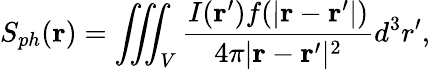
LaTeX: S_{ph}({\mathbf r})=\iiint_{V}\frac{I({\mathbf r^{\prime}})f(|{\mathbf r-\mathbf r^{\prime}}|)}{4\pi|{\mathbf r-\mathbf r^{\prime}}|^{2}}d^{3}r^{\prime},